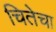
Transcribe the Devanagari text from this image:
चितेचा